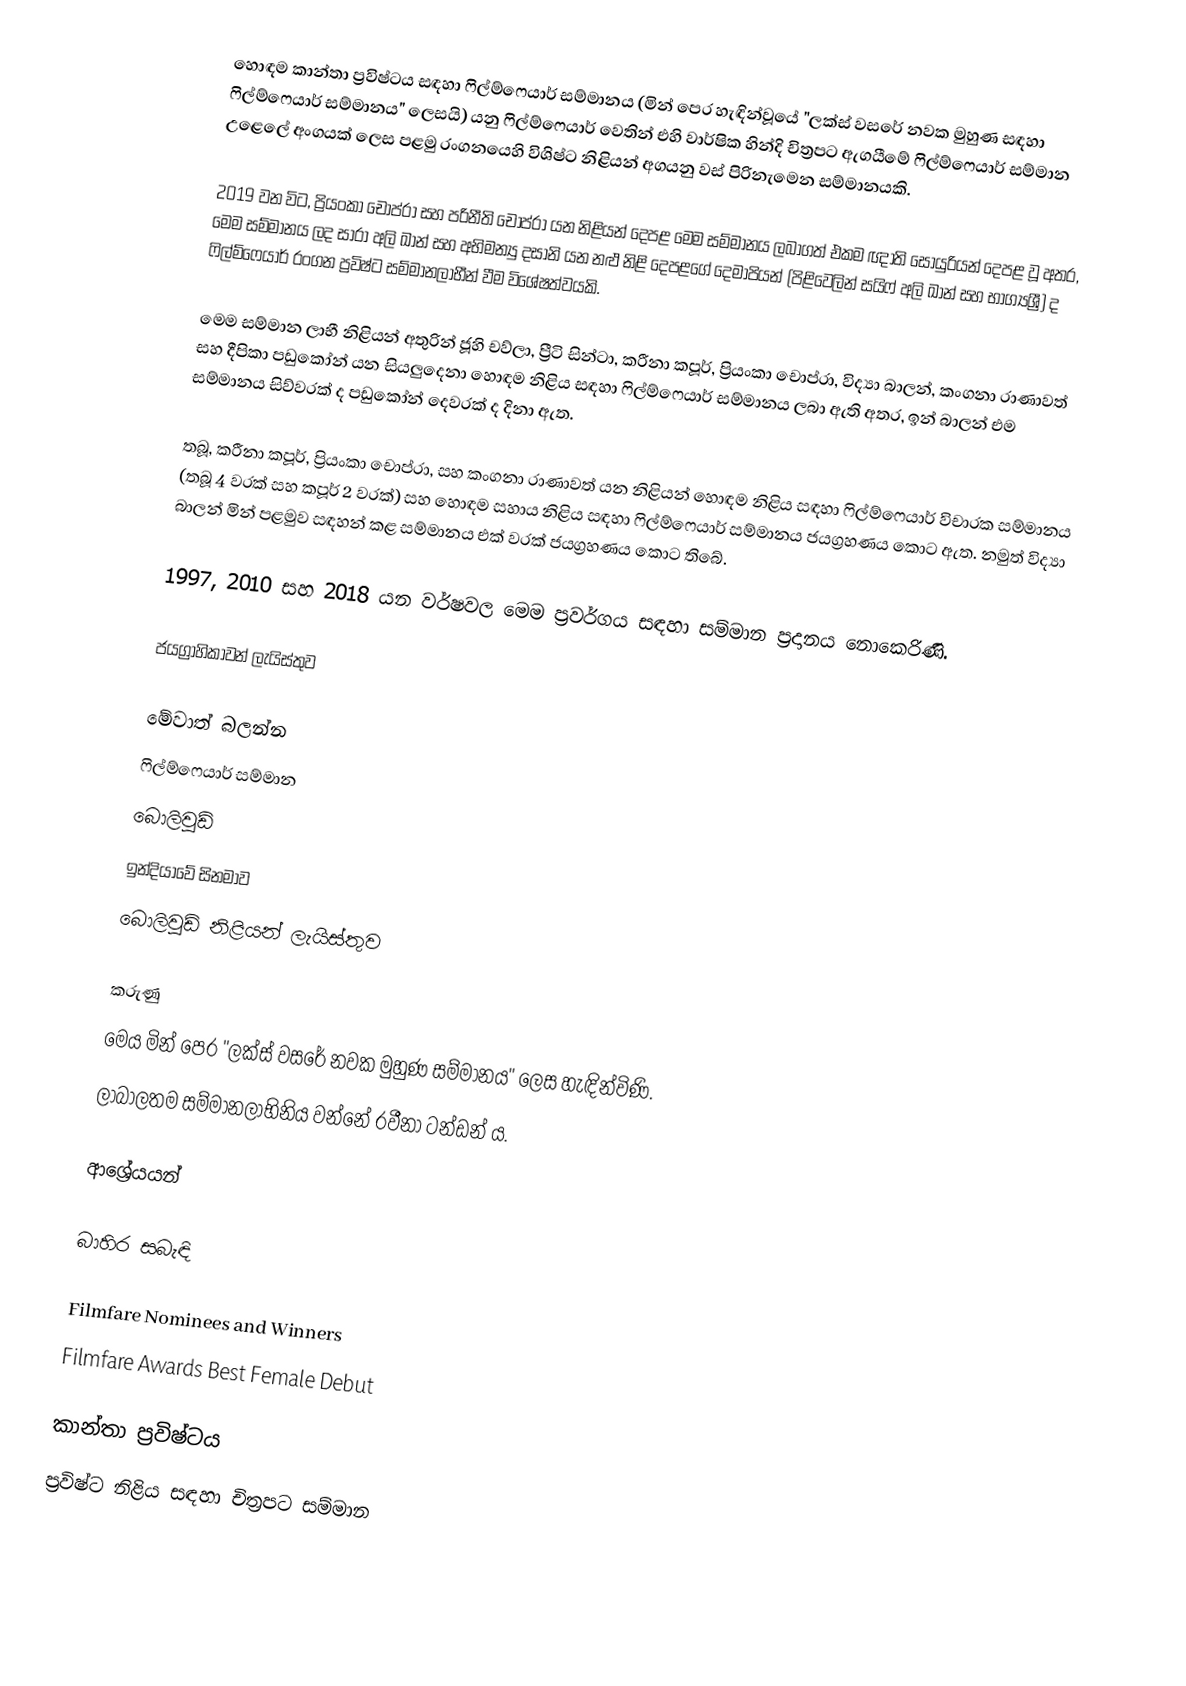
හොඳම කාන්තා ප්‍රවිෂ්ටය සඳහා ෆිල්ම්ෆෙයාර් සම්මානය (මින් පෙර හැඳින්වූයේ "ලක්ස් වසරේ නවක මුහුණ සඳහා ෆිල්ම්ෆෙයාර් සම්මානය" ලෙසයි) යනු ෆිල්ම්ෆෙයාර් වෙතින් එහි වාර්ෂික හින්දි චිත්‍රපට ඇගයීමේ ෆිල්ම්ෆෙයාර් සම්මාන උළෙලේ අංගයක් ලෙස පළමු රංගනයෙහි විශිෂ්ට නිළියන් අගයනු වස් පිරිනැමෙන සම්මානයකි.

2019 වන විට, ප්‍රියංකා චොප්රා සහ පරිනීති චොප්රා යන නිළියන් දෙපළ මෙම සම්මානය ලබාගත් එකම ඥාති සොයුරියන් දෙපළ වූ අතර, මෙම සම්මානය ලද සාරා අලි ඛාන් සහ අභිමන්‍යු දසානි යන නළු නිළි දෙපළගේ දෙමාපියන් (පිළිවෙලින් සයිෆ් අලි ඛාන් සහ භාග්‍යශ්‍රී) ද  ෆිල්ම්ෆෙයාර් රංගන ප්‍රවිෂ්ට සම්මානලාභීන් වීම විශේෂත්වයකි.

මෙම සම්මාන ලාභී නිළියන් අතුරින් ජූහි චව්ලා, ප්‍රීටි සින්ටා, කරීනා කපූර්, ප්‍රියංකා චොප්රා, විද්‍යා බාලන්, කංගනා රාණාවත් සහ දීපිකා පඩුකෝන් යන සියලුදෙනා හොඳම නිළිය සඳහා ෆිල්ම්ෆෙයාර් සම්මානය ලබා ඇති අතර, ඉන් බාලන් එම සම්මානය සිව්වරක් ද පඩුකෝන් දෙවරක් ද දිනා ඇත.

තබූ, කරීනා කපූර්, ප්‍රියංකා චොප්රා, සහ කංගනා රාණාවත් යන නිළියන් හොඳම නිළිය සඳහා ෆිල්ම්ෆෙයාර් විචාරක සම්මානය (තබූ 4 වරක් සහ කපූර් 2 වරක්) සහ හොඳම සහාය නිළිය සඳහා ෆිල්ම්ෆෙයාර් සම්මානය ජයග්‍රහණය කොට ඇත. නමුත් විද්‍යා බාලන් මින් පළමුව සඳහන් කළ සම්මානය එක් වරක් ජයග්‍රහණය කොට තිබේ.

1997, 2010 සහ 2018 යන වර්ෂවල මෙම ප්‍රවර්ගය සඳහා සම්මාන ප්‍රදානය නොකෙරිණි.

ජයග්‍රාහිකාවන් ලැයිස්තුව

මේවාත් බලන්න
 ෆිල්ම්ෆෙයාර් සම්මාන
 බොලිවුඩ්
 ඉන්දියාවේ සිනමාව
බොලිවුඩ් නිළියන් ලැයිස්තුව

කරුණු
මෙය මින් පෙර "ලක්ස් වසරේ නවක මුහුණ සම්මානය" ලෙස හැඳින්විණි.
ලාබාලතම සම්මානලාභිනිය වන්නේ රවීනා ටන්ඩන් ය.

ආශ්‍රේයයන්

බාහිර සබැඳි

 Filmfare Nominees and Winners
Filmfare Awards Best Female Debut

කාන්තා ප්‍රවිෂ්‍ටය
ප්‍රවිෂ්ට නිළිය සඳහා චිත්‍රපට සම්මාන